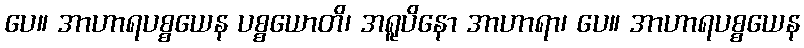
ပေ။ အာဟာရပစ္စယေန ပစ္စယောတိ၊ အရူပိနော အာဟာရာ၊ ပေ။ အာဟာရပစ္စယေန